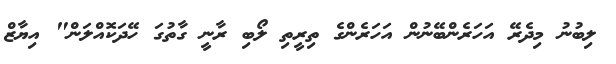
ލިބުނު މިދެރޭ އަހަރެންބޭނުން އަހަރެންގެ ތިރީތި ލޯބި ރާނީ ގާތުގަ ހޭދަކޮއްލަން" އިޔާޒް